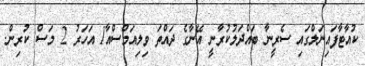
ކުއާޓާފައިނަލްގައި ސެރީނާ ބައްދަލުކުރާނީ އޭނާގެ ދައްތަ ވިލިއަމްސްއާ1 އަހަރު 2 މަސް ކުރިން.